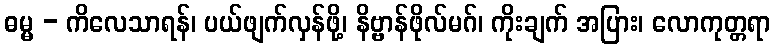
ဓမ္မ - ကိလေသာရန်၊ ပယ်ဖျက်လှန်ဖို့၊ နိဗ္ဗာန်ဖိုလ်မဂ်၊ ကိုးချက် အပြား၊ လောကုတ္တရာ